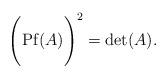
LaTeX: \begin{align*}\Biggl( {\rm Pf}(A) \Biggr)^{2} = {\rm det}(A).\end{align*}